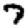
Digit: 7